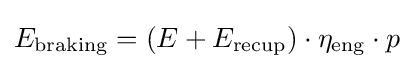
E_{\text{braking}}=(E+E_{\text{recup}})\cdot \eta _{\text{eng}}\cdot p